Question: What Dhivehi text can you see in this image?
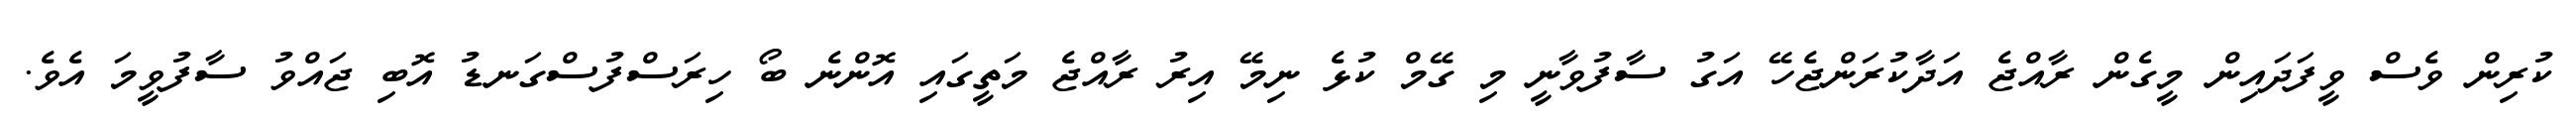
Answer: ކުރިން ވެސް ވީފަދައިން މީގެން ރާއްޖެ އަދާކުރަންޖެހޭ އަގު ސާފުވާނީ މި ގޭމް ކުޅެ ނިމޭ އިރު ރާއްޖެ މަތީގައި އޮންނެ ބޯ ހިރަސްފުސްގަނޑު އޮބި ޖައްވު ސާފުވީމަ އެވެ.